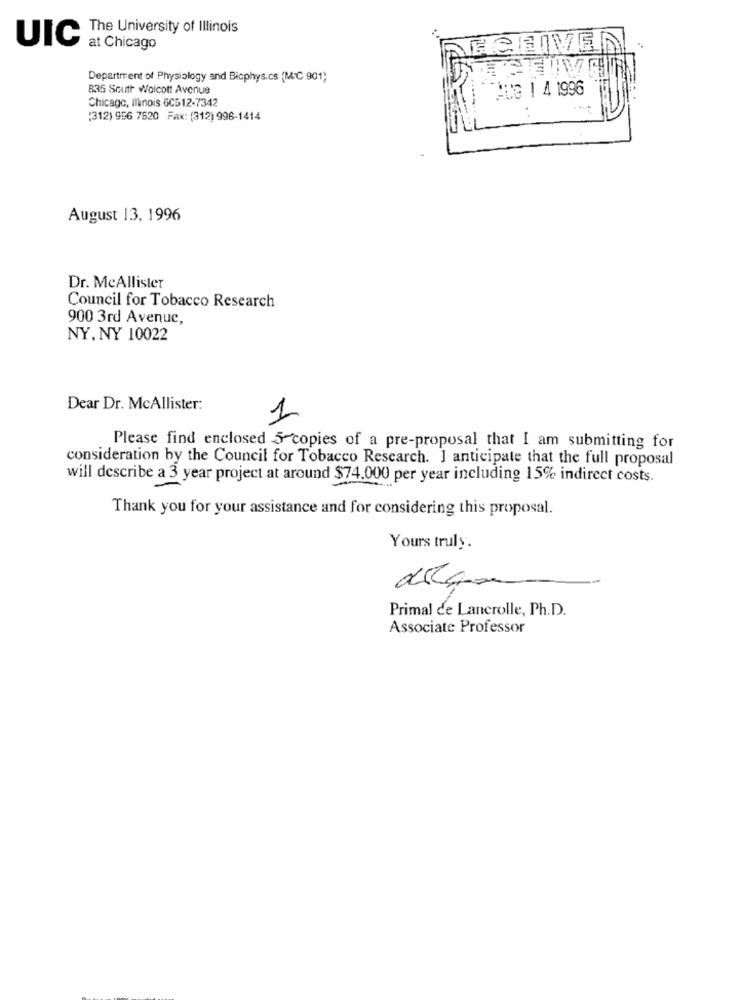
The University of Illinois
UIC
at Chicago
DECHIVEN
Department of Physiology and Biophys.cs (MC 901;
835 South Wolcott Avenue
AUG 1 4 1996
Chicago, Illinois 6C512-7342
[312) 996 7620 Fax: (312) 996-1414
August 13, 1996
Dr. McAllister
Council for Tobacco Research
900 3rd Avenue,
NY, NY 10022
Dear Dr. McAllister:
1
Please find enclosed 5 copies of a pre-proposal that I am submitting for
consideration by the Council for Tobacco Research. I anticipate that the full proposal
will describe a 3 year project at around $74.000 per year including 15% indirect costs.
Thank you for your assistance and for considering this proposal.
Yours truly.
Primal de Lancrolle, Ph.D.
Associate Professor